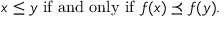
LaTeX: x \leq y { \mathrm { ~ i f ~ a n d ~ o n l y ~ i f ~ } } f ( x ) \preceq f ( y ) .